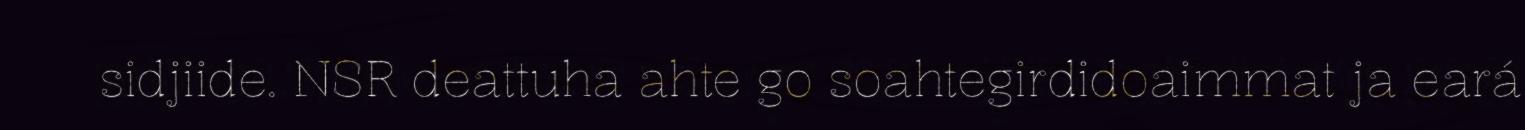
sidjiide. NSR deattuha ahte go soahtegirdidoaimmat ja eará